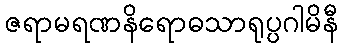
ဇရာမရဏနိရောဓသာရုပ္ပဂါမိနီ